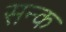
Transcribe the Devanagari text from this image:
सन्क